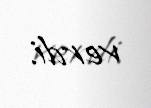
verdi.